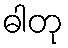
ဓါတု